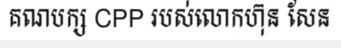
គណបក្ស CPP របស់លោកហ៊ុន សែន